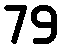
79